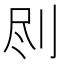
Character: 𠛾